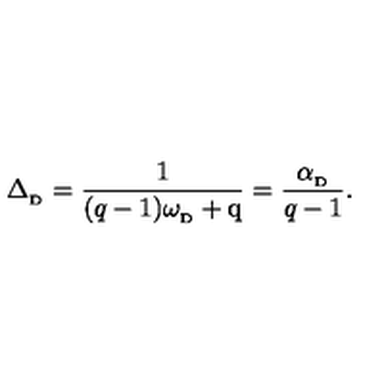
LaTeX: \Delta _ { _ \mathrm { D } } = { \frac { 1 } { ( { q - 1 } ) \omega _ { _ \mathrm { D } } + \mathrm { q } } } = { \frac { \alpha _ { _ \mathrm { D } } } { q - 1 } } .